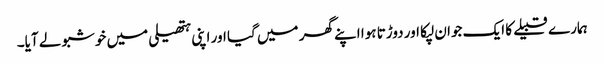
ہمارے قبیلے کا ایک جوان لپکا اور دوڑتا ہوا اپنے گھر میں گیا اور اپنی ہتھیلی میں خوشبو لے آیا۔